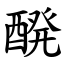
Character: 醗